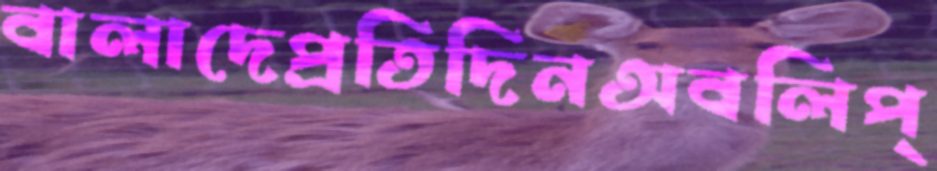
বালাদেপ্রতিদিনঅবলিপ্